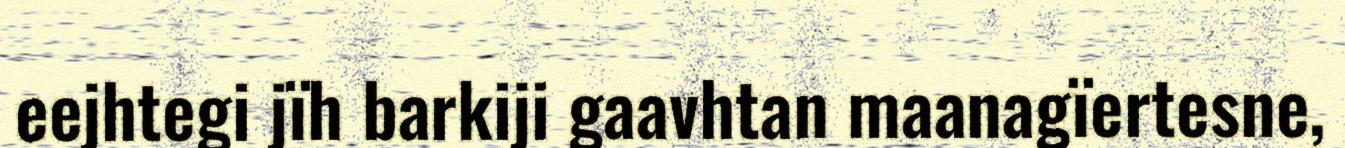
eejhtegi jïh barkiji gaavhtan maanagïertesne,